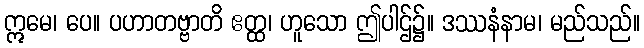
ဣမေ၊ ပေ။ ပဟာတဗ္ဗာတိ ဧတ္ထ၊ ဟူသော ဤပါဌ်၌။ ဒဿနံနာမ၊ မည်သည်။